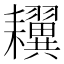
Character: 𦔫